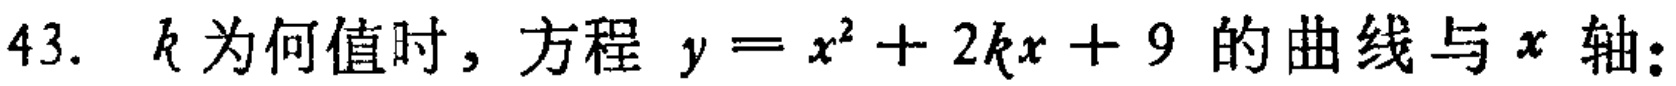
43. \(k\)为何值时，方程\(y = x^{2}+2kx + 9\)的曲线与\(x\)轴：